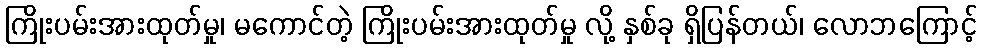
ကြိုးပမ်းအားထုတ်မှု၊ မကောင်တဲ့ ကြိုးပမ်းအားထုတ်မှု လို့ နှစ်ခု ရှိပြန်တယ်၊ လောဘကြောင့်